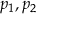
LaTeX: \, \! p _ { 1 } , p _ { 2 }